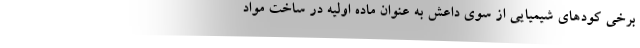
برخی کودهای شیمیایی از سوی داعش به عنوان ماده اولیه در ساخت مواد